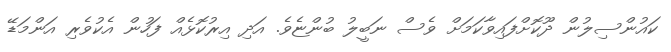
ކައުންސިލުން ދޫކޮށްފައިވާކަމަށް ވެސް ނަބީލު ބުންޏެވެ. އަދި އިރުކޮޅެއް ފަހުން އެކުވެރި އަންމަޑޭ